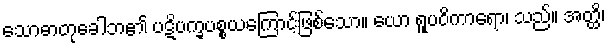
သောဓာတုခေါဘ၏ ပဋိပက္ခပစ္စယကြောင့်ဖြစ်သော။ ယော ရူပဝိကာရော၊ သည်။ အတ္ထိ၊